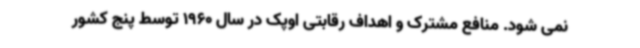
نمی شود. منافع مشترک و اهداف رقابتی اوپک در سال 1960 توسط پنج کشور